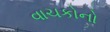
વાચકોનો